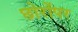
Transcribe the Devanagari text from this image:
छोरोंपर